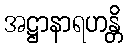
အဋ္ဌာနာရဟန္တိ